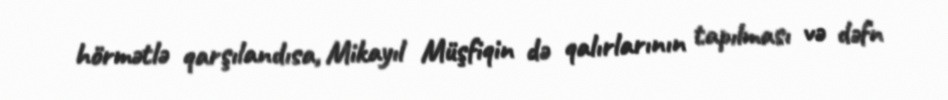
hörmətlə qarşılandısa, Mikayıl Müşfiqin də qalırlarının tapılması və dəfn